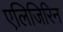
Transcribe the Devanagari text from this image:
एलिजिरिन